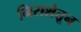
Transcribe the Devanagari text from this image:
निराशेतून